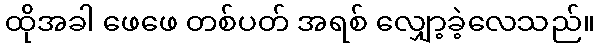
ထိုအခါ ဖေဖေ တစ်ပတ် အရစ် လျှော့ခဲ့လေသည်။